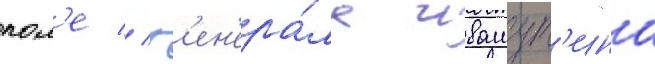
пол'е // Г'ен'ера́ла ивашут'ина